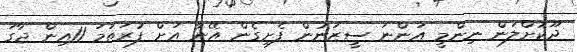
ދޫކޮށްލަން ނިންމީ އަންނަ ސީޒަނުން ފެށިގެން އޭނާ އަށް ފުރަތަމަ 11އިން ޖާގަ